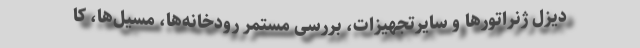
دیزل ژنراتورها و سایرتجهیزات، بررسی مستمر رودخانه‌ها، مسیل‌ها، کا